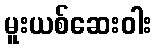
မူးယစ်ဆေးဝါး